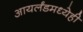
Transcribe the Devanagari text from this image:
आयर्लंडमध्येही